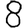
Digit: 8